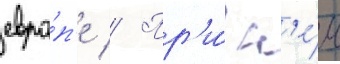
евро́п'е // Пр'и́ н'е́м